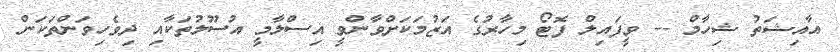
އާއިޝަތު ޝިހާމް -- ވީފައިލް ފޮޓޯ މިހާރުގެ އަޒުމަކަށްވާންވީ އިސްލާމީ އުސޫލުތަކާއި ދިވެހިވަންތަކަން